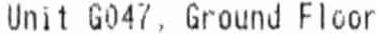
UNIT G047, GROUND FLOOR